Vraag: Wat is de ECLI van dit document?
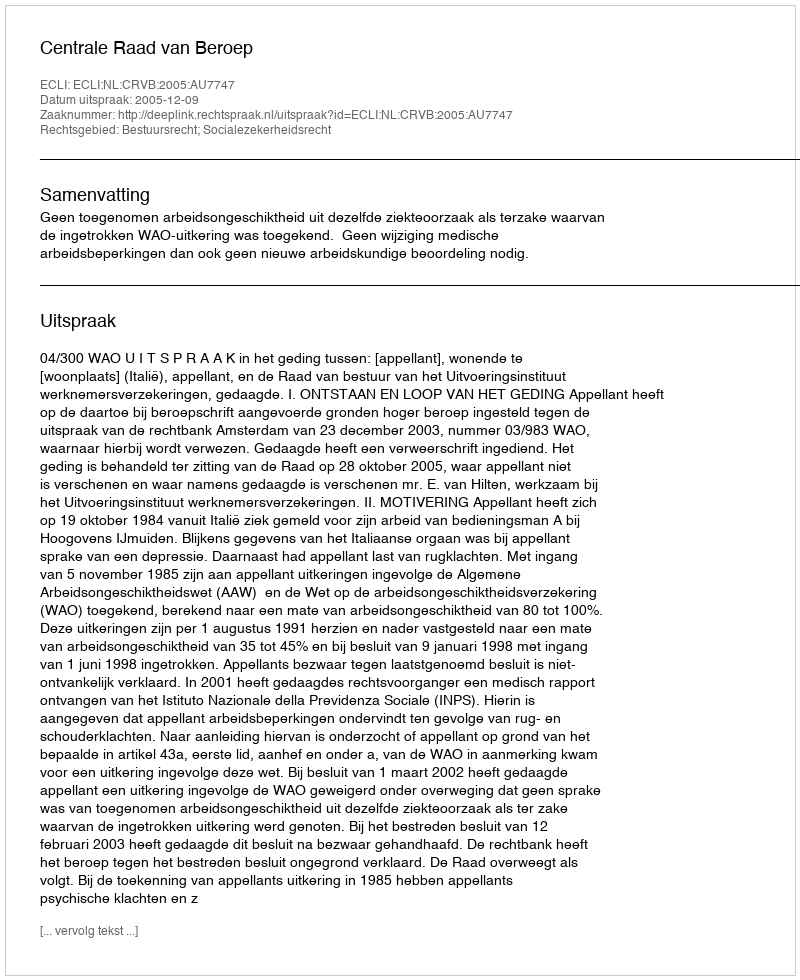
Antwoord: ECLI:NL:CRVB:2005:AU7747